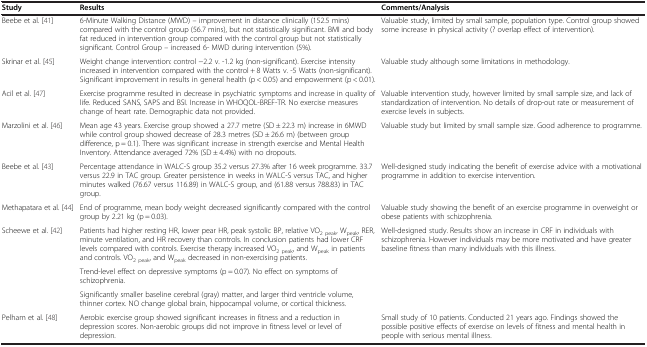
<table><thead><tr><td><b>Study</b></td><td><b>Results</b></td><td><b>Comments/Analysis</b></td></tr></thead><tbody><tr><td>Beebe et al. [41]</td><td>6-Minute Walking Distance (MWD) – improvement in distance clinically (152.5 mins) compared with the control group (56.7 mins), but not statistically significant. BMI and body fat reduced in intervention group compared with the control group but not statistically significant. Control Group – increased 6- MWD during intervention (5%).</td><td>Valuable study, limited by small sample, population type. Control group showed some increase in physical activity (? overlap effect of intervention).</td></tr><tr><td>Skrinar et al. [45]</td><td>Weight change intervention: control -2.2 v. -1.2 kg (non-significant). Exercise intensity increased in intervention compared with the control + 8 Watts v. -5 Watts (non-significant). Significant improvement in results in general health (p &lt; 0.05) and empowerment (p &lt; 0.01).</td><td>Valuable study although some limitations in methodology.</td></tr><tr><td>Acil et al. [47]</td><td>Exercise programme resulted in decrease in psychiatric symptoms and increase in quality of life. Reduced SANS, SAPS and BSI. Increase in WHOQOL-BREF-TR. No exercise measures change of heart rate. Demographic data not provided.</td><td>Valuable intervention study, however limited by small sample size, and lack of standardization of intervention. No details of drop-out rate or measurement of exercise levels in subjects.</td></tr><tr><td>Marzolini et al. [46]</td><td>Mean age 43 years. Exercise group showed a 27.7 metre (SD ± 22.3 m) increase in 6MWD while control group showed decrease of 28.3 metres (SD ± 26.6 m) (between group difference, p = 0.1). There was significant increase in strength exercise and Mental Health Inventory. Attendance averaged 72% (SD ± 4.4%) with no dropouts.</td><td>Valuable study but limited by small sample size. Good adherence to programme.</td></tr><tr><td>Beebe et al. [43]</td><td>Percentage attendance in WALC-S group 35.2 versus 27.3% after 16 week programme. 33.7 versus 22.9 in TAC group. Greater persistence in weeks in WALC-S versus TAC, and higher minutes walked (76.67 versus 116.89) in WALC-S group, and (61.88 versus 788.83) in TAC group.</td><td>Well-designed study indicating the benefit of exercise advice with a motivational programme in addition to exercise intervention.</td></tr><tr><td>Methapatara et al. [44]</td><td>End of programme, mean body weight decreased significantly compared with the control group by 2.21 kg (p = 0.03).</td><td>Valuable study showing the benefit of an exercise programme in overweight or obese patients with schizophrenia.</td></tr><tr><td rowspan="3">Scheewe et al. [42]</td><td>Patients had higher resting HR, lower pear HR, peak systolic BP, relative VO<sub>2 peak</sub>, W<sub>peak</sub>, RER, minute ventilation, and HR recovery than controls. In conclusion patients had lower CRF levels compared with controls. Exercise therapy increased VO<sub>2 peak</sub>, and W<sub>peak</sub> in patients and controls. VO<sub>2 peak</sub>, and W<sub>peak</sub> decreased in non-exercising patients.</td><td rowspan="3">Well-designed study. Results show an increase in CRF in individuals with schizophrenia. However individuals may be more motivated and have greater baseline fitness than many individuals with this illness.</td></tr><tr><td>Trend-level effect on depressive symptoms (p = 0.07). No effect on symptoms of schizophrenia.</td></tr><tr><td>Significantly smaller baseline cerebral (gray) matter, and larger third ventricle volume, thinner cortex. NO change global brain, hippocampal volume, or cortical thickness.</td></tr><tr><td>Pelham et al. [48]</td><td>Aerobic exercise group showed significant increases in fitness and a reduction in depression scores. Non-aerobic groups did not improve in fitness level or level of depression.</td><td>Small study of 10 patients. Conducted 21 years ago. Findings showed the possible positive effects of exercise on levels of fitness and mental health in people with serious mental illness.</td></tr></tbody></table>